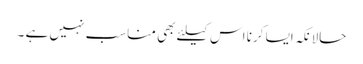
حالانکہ ایسا کرنا اس کیلئے بھی مناسب نہیں ہے ۔